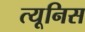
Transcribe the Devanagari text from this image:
त्यूनिस